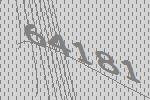
64181